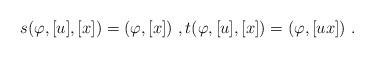
LaTeX: \begin{align*}s(\varphi,[u],[x]) = (\varphi,[x])\ ,t(\varphi,[u],[x]) = (\varphi,[ux])\ .\end{align*}